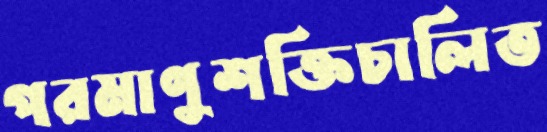
পরমাণুশক্তিচালিত